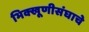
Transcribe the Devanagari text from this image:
भिक्खूणीसंघाचे